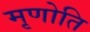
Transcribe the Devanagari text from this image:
मृणोति